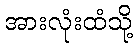
အားလုံးထံသို့